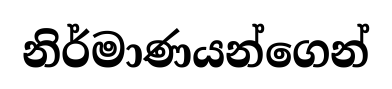
නිර්මාණයන්ගෙන්